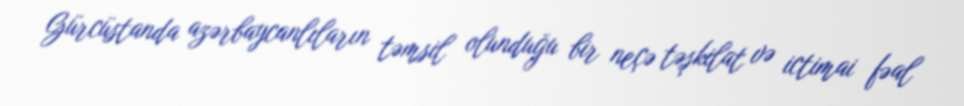
Gürcüstanda azərbaycanlıların təmsil olunduğu bir neçə təşkilat və ictimai fəal